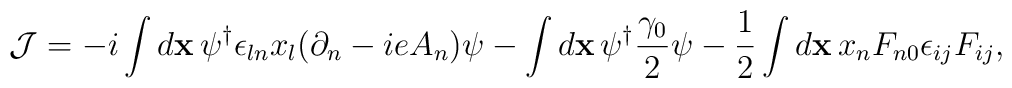
{\cal J} = -i\int{d{\bf x}\,\psi^\dagger\epsilon_{ln}x_l(\partial_n - ieA_n)\psi} -\int{d{\bf x}\,\psi^\dagger\frac{\gamma_0}{2}\psi} -\frac{1}{2}\int{d{\bf x}\,x_nF_{n0}\epsilon_{ij}F_{ij}},